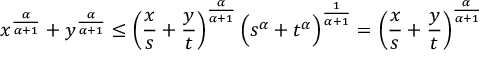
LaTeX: x ^ { \frac { \alpha } { \alpha + 1 } } + y ^ { \frac { \alpha } { \alpha + 1 } } \leq \left( { \frac { x } { s } } + { \frac { y } { t } } \right) ^ { \frac { \alpha } { \alpha + 1 } } { \Big ( } s ^ { \alpha } + t ^ { \alpha } { \Big ) } ^ { \frac { 1 } { \alpha + 1 } } = \left( { \frac { x } { s } } + { \frac { y } { t } } \right) ^ { \frac { \alpha } { \alpha + 1 } }